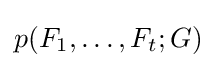
p(F_{1},\ldots ,F_{t};G)